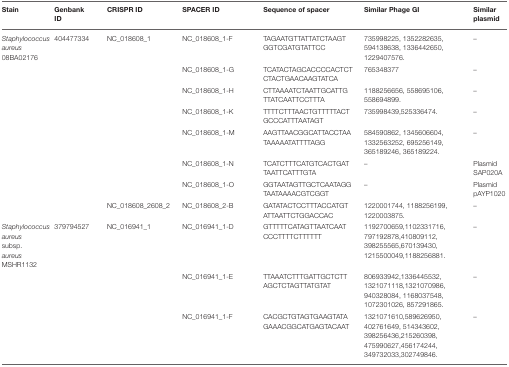
<table><thead><tr><td><b>Stain</b></td><td><b>Genbank ID</b></td><td><b>CRISPR ID</b></td><td><b>SPACER ID</b></td><td><b>Sequence of spacer</b></td><td><b>Similar Phage GI</b></td><td><b>Similar plasmid</b></td></tr></thead><tbody><tr><td><i>Staphylococcus aureus</i> 08BA02176</td><td>404477334</td><td>NC_018608_1</td><td>NC_018608_1-F</td><td>TAGAATGTTATTATCTAAGTGGTCGATGTATTCC</td><td>735998225, 1352282635, 594138638, 1336442650, 1229407576.</td><td>–</td></tr><tr><td></td><td></td><td></td><td>NC_018608_1-G</td><td>TCATACTAGCACCCCACTCTCTACTGAACAAGTATCA</td><td>765348377</td><td>–</td></tr><tr><td></td><td></td><td></td><td>NC_018608_1-H</td><td>CTTAAAATCTAATTGCATTGTTATCAATTCCTTTA</td><td>1188256656, 558695106, 558694899.</td><td>–</td></tr><tr><td></td><td></td><td></td><td>NC_018608_1-K</td><td>TTTTCTTTAACTGTTTTTACTGCCCATTTAATAGT</td><td>735998439,525336474.</td><td>–</td></tr><tr><td></td><td></td><td></td><td>NC_018608_1-M</td><td>AAGTTAACGGCATTACCTAATAAAAATATTTTAGG</td><td>584590862, 1345606604, 1332563252, 695256149, 365189246, 365189224.</td><td>–</td></tr><tr><td></td><td></td><td></td><td>NC_018608_1-N</td><td>TCATCTTTCATGTCACTGATTAATTCATTTGTA</td><td>–</td><td>Plasmid SAP020A</td></tr><tr><td></td><td></td><td></td><td>NC_018608_1-O</td><td>GGTAATAGTTGCTCAATAGGTAATAAAACGTCGGT</td><td>–</td><td>Plasmid pAYP1020</td></tr><tr><td></td><td></td><td>NC_018608_2608_2</td><td>NC_018608_2-B</td><td>GATATACTCCTTTACCATGTATTAATTCTGGACCAC</td><td>1220001744, 1188256199,1220003875.</td><td>–</td></tr><tr><td><i>Staphylococcus aureus</i> subsp. <i>aureus</i> MSHR1132</td><td>379794527</td><td>NC_016941_1</td><td>NC_016941_1-D</td><td>GTTTTTCATAGTTAATCAATCCCTTTTCTTTTTT</td><td>1192700659,1102331716,797192878,410809112,398255565,670139430,1215500049,1188256881.</td><td>–</td></tr><tr><td></td><td></td><td></td><td>NC_016941_1-E</td><td>TTAAATCTTTGATTGCTCTTAGCTCTAGTTATGTAT</td><td>806933942,1336445532,1321071118,1321070986,940328084, 1168037548, 1072301026, 857291865.</td><td>–</td></tr><tr><td></td><td></td><td></td><td>NC_016941_1-F</td><td>CACGCTGTAGTGAAGTATAGAAACGGCATGAGTACAAT</td><td>1321071610,589626950,402761649, 514343602,398256436,215260398,475990627,456174244,349732033,302749846.</td><td>–</td></tr></tbody></table>